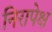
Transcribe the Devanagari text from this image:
निरापेक्ष